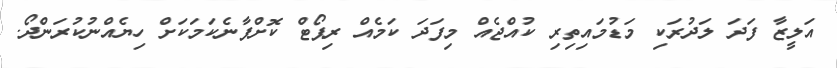
އަލީޒާ ފަދަ ލަދުރަކި މަޑުމައިތިރި ކުއްޖެއް މިފަދަ ކަމެއް ރިޕޯޓް ކޮށްފާނެކަމަކަށް ހިޔެއްނުކުރަންދޯ.